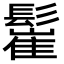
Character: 𩮴